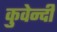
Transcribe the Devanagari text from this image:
कुवेन्दी